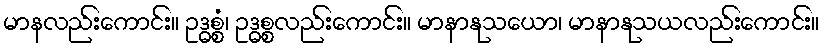
မာနလည်းကောင်း။ ဥဒ္ဓစ္စံ၊ ဥဒ္ဓစ္စလည်းကောင်း။ မာနာနုသယော၊ မာနာနုသယလည်းကောင်း။